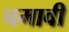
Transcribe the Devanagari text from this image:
चमावी